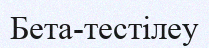
Бета-тестілеу